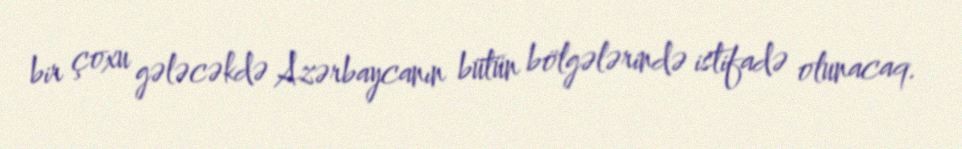
bir çoxu gələcəkdə Azərbaycanın bütün bölgələrində istifadə olunacaq.